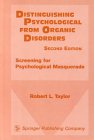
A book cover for Distinguishing Psychological From Organic Disorders, 2nd Edition: Screening for Psychological Masquerade; Robert L. Taylor MD; Health, Fitness & Dieting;